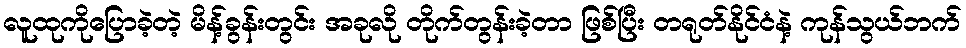
လူထုကိုပြောခဲ့တဲ့ မိန့်ခွန်းတွင်း အခုလို တိုက်တွန်းခဲ့တာ ဖြစ်ပြီး တရုတ်နိုင်ငံနဲ့ ကုန်သွယ်ဘက်